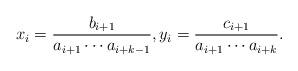
LaTeX: \begin{align*} x_i=\frac{b_{i+1}}{a_{i+1}\cdots a_{i+k-1}},y_i=\frac{c_{i+1}}{a_{i+1}\cdots a_{i+k}}.\end{align*}